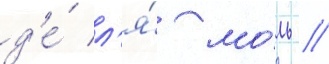
д'е́ л'я́ мо́ль //